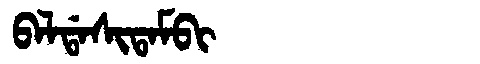
Manchu: ᠪᠠᠯᡩᠠᠰᡳᡨᠠᠮᠪᡳ
Romanization: BALDASITAMBI